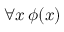
\forall x \, \phi ( x )